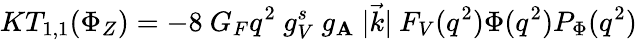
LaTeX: KT_{1,1}(\Phi_{Z})=-8\ G_{F}q^{2}\ g_{V}^{s}\ g_{\mathbf{A}}\ |\vec{{k}}|\ F_{V}(q^{2})\Phi(q^{2})P_{\Phi}(q^{2})